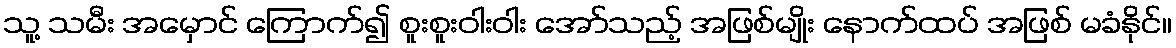
သူ့ သမီး အမှောင် ကြောက်၍ စူးစူးဝါးဝါး အော်သည့် အဖြစ်မျိုး နောက်ထပ် အဖြစ် မခံနိုင်။